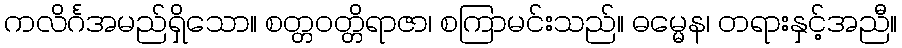
ကလိင်္ဂအမည်ရှိသော။ စတ္တဝတ္တိရာဇာ၊ စကြာမင်းသည်။ ဓမ္မေန၊ တရားနှင့်အညီ။